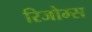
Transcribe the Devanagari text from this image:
रिजोम्‍स